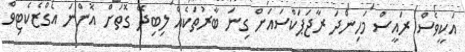
އަކީވެސް ރައީސް މަހިންދަ ރާޖަޕަކްސައަށް ގިނަ ބާރުތަކެއް ލިބިދޭ ގޮތަށް އޮންނަ އެގްޒެކެޓިވް